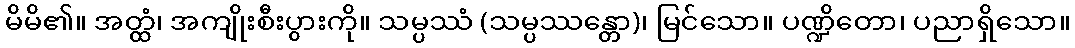
မိမိ၏။ အတ္ထံ၊ အကျိုးစီးပွားကို။ သမ္ပဿံ (သမ္ပဿန္တော)၊ မြင်သော။ ပဏ္ဍိတော၊ ပညာရှိသော။